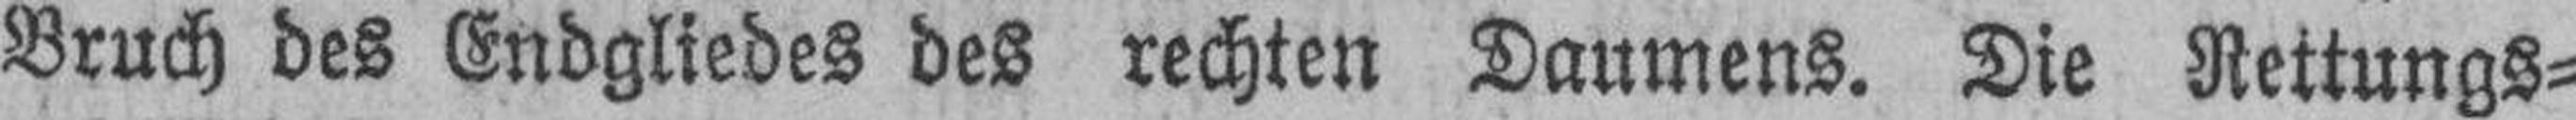
Bruch des Endgliedes des rechten Daumens. Die Rettungs¬